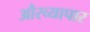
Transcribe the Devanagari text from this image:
औरव्यापार